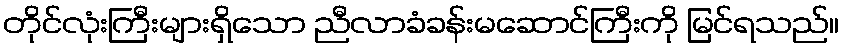
တိုင်လုံးကြီးများရှိသော ညီလာခံခန်းမဆောင်ကြီးကို မြင်ရသည်။